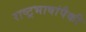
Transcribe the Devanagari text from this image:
राष्ट्रभाषांपैकी